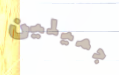
جميلين